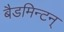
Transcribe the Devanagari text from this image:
बैडमिन्टन्